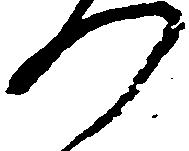
つ